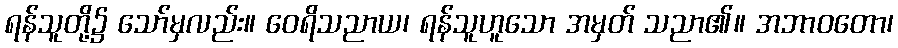
ရန်သူတို့၌ သော်မှလည်း။ ဝေရိသညာယ၊ ရန်သူဟူသော အမှတ် သညာ၏။ အဘာဝတော၊